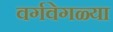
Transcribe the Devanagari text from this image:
वर्गवेगळ्या